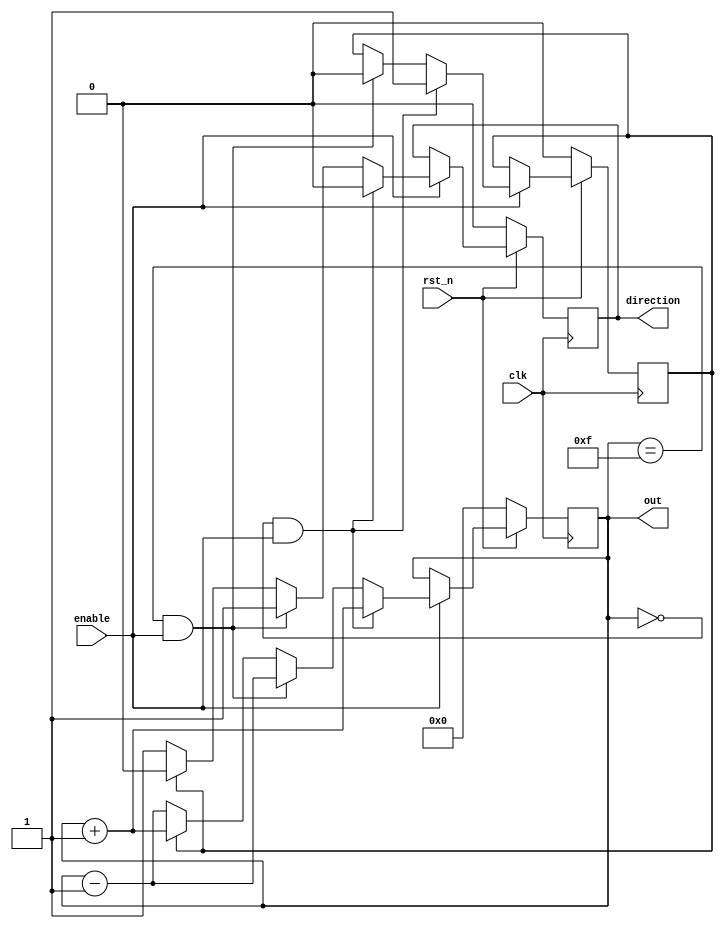
`timescale 1ns / 1ps
//////////////////////////////////////////////////////////////////////////////////
// Company: 
// Engineer: 
// 
// Design Name: 
// Module Name: PingPong
// Project Name: 
// Target Devices: 
// Tool Versions: 
// Description: 
// 
// Dependencies: 
// 
// Revision:
// Revision 0.01 - File Created
// Additional Comments:
// 
//////////////////////////////////////////////////////////////////////////////////
module Ping_Pong_Counter (clk, rst_n, enable, direction, out);
input clk, rst_n;
input enable;
output direction;
output [4-1:0] out;
reg [3:0] out = 4'b0000;
reg direction = 1'b0;
reg a = 1'b0;
always@ (posedge clk)
begin
    if(~rst_n)
    begin
        a <= 1'b0;
        out <= 4'b0000;
        direction <= 1'b0;
    end
    else if(~enable)
    begin
        a <= a;
        out <= out;
        direction <= direction;
    end
    else if(out == 4'd0 && enable == 1'b1)
    begin
        a <= 1'b1; 
        out <= out + 1'b1;
        direction <= 1'b0;
    end
    else if(out == 4'd15 && enable == 1'b1)
    begin
        a <= 1'b0;
        out <= out - 1'b1;
        direction <= 1'b1;
    end
    else if(a)
    begin
        a <= a;
        out <= out + 1'b1;
        direction <= 1'b0; 
    end
    else if(~a)
    begin
        a <= a;
        out <= out - 1'b1;
        direction <= 1'b1;
    end
end
endmodule